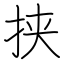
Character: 挟